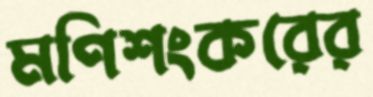
মণিশংকরের